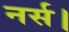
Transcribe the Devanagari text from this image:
नर्स।